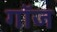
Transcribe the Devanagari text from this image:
गॉज